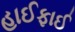
હાઈફાઈ